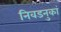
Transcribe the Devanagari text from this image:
निवडनुकां